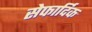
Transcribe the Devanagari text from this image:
सेफार्दिक